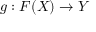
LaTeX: g : F ( X ) \to Y